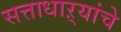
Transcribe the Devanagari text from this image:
सत्ताधाऱ्यांचे